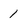
Character: 1